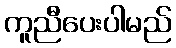
ကူညီပေးပါမည်